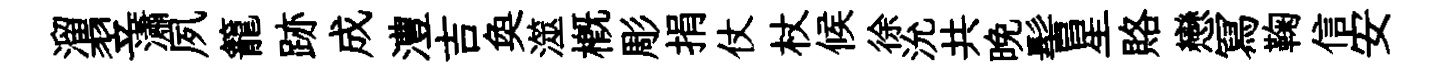
溜翌瀟夙籠跡成澧吉奐澨概彫捐仗杖候徐沇共晩髻星賂戀冩鞠信安